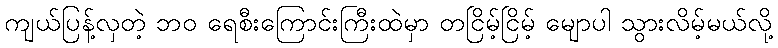
ကျယ်ပြန့်လှတဲ့ ဘဝ ရေစီးကြောင်းကြီးထဲမှာ တငြိမ့်ငြိမ့် မျောပါ သွားလိမ့်မယ်လို့